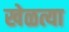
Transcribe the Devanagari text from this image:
खेळत्या